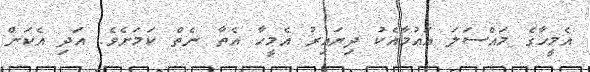
އެމީހާގެ މައްސަލަ އައުމާއެކު ދިޔައިރު އެމީހާ އެތާ ނެތް ކަމަށެވެ. އަދި އެކަން